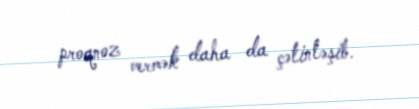
proqnoz vermək daha da çətinləşib.